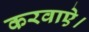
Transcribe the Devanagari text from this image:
करवाऐ।